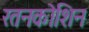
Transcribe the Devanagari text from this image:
रतनकोशिन